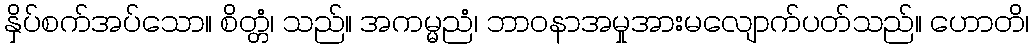
နှိပ်စက်အပ်သော။ စိတ္တံ၊ သည်။ အကမ္မညံ၊ ဘာဝနာအမှုအားမလျောက်ပတ်သည်။ ဟောတိ၊